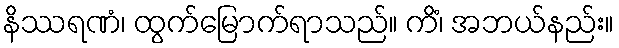
နိဿရဏံ၊ ထွက်မြောက်ရာသည်။ ကိံ၊ အဘယ်နည်း။